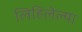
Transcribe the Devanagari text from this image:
लिहिलेल्‍या